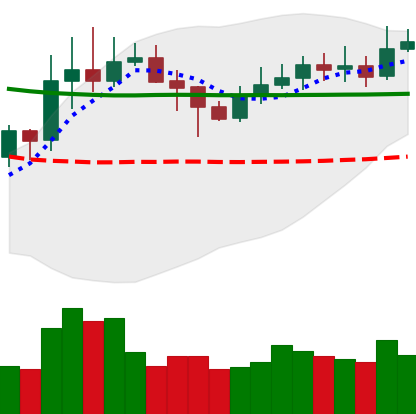
Ticker: XLM-USD
Chart end date: 2020-02-03
Forward return: 10.602%
Label: up_7plus